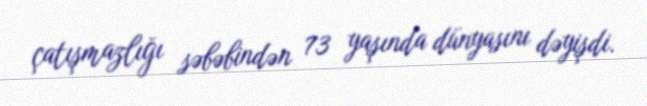
çatışmazlığı səbəbindən 73 yaşında dünyasını dəyişdi.